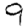
Digit: 9